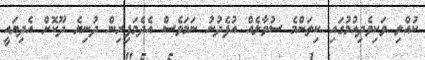
ކުއްލި ވަކިވެދިއުމުގައި ކިތަންމެ ސުވާލެއް އުފެދުނު ނަމަވެސް އެދެމަފިރިން ދުނިޔެ ދޫކޮށް އެދިޔައީ